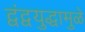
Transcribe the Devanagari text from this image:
द्वंद्वयुद्धामुळे